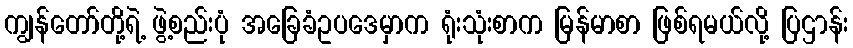
ကျွန်တော်တို့ရဲ့ ဖွဲ့စည်းပုံ အခြေခံဥပဒေမှာက ရုံးသုံးစာက မြန်မာစာ ဖြစ်ရမယ်လို့ ပြဌာန်း